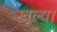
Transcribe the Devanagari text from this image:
खूल्या